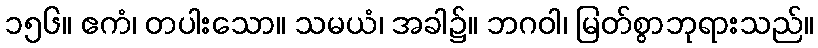
၁၅၆။ ဧကံ၊ တပါးသော။ သမယံ၊ အခါ၌။ ဘဂဝါ၊ မြတ်စွာဘုရားသည်။